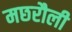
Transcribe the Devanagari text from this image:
मछरौली